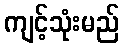
ကျင့်သုံးမည်